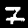
Label: 7